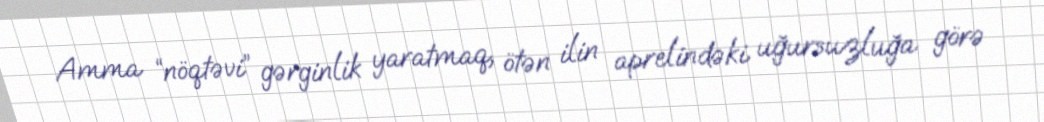
Amma “nöqtəvi” gərginlik yaratmaq, ötən ilin aprelindəki uğursuzluğa görə